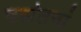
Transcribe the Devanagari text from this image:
वसंतनां